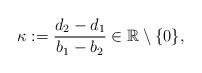
LaTeX: \begin{align*} \kappa:=\frac{d_2-d_1}{b_1-b_2}\in \mathbb{R}\setminus\{0\}, \end{align*}